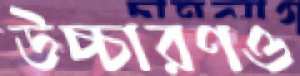
উচ্চারণও